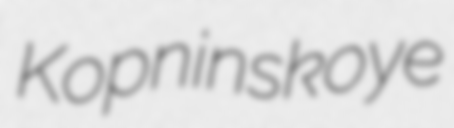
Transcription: Kopninskoye